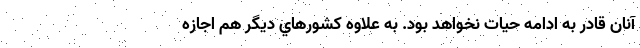
آنان قادر به ادامه حيات نخواهد بود. به علاوه كشورهاي ديگر هم اجازه